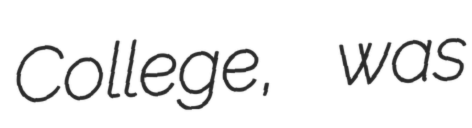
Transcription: College, was